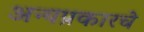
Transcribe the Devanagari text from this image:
अन्यप्रकारचे